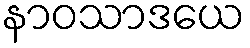
နာဝသာဒယေ